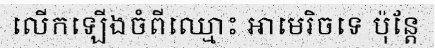
លើកឡើងចំពីឈ្មោះ អាមេរិចទេ ប៉ុន្តែ